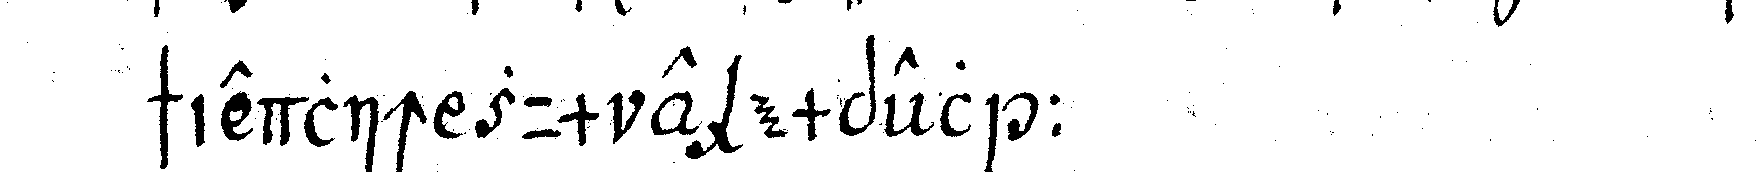
schiedlich zum exempel :